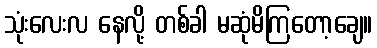
သုံးလေးလ နေလို့ တစ်ခါ မဆုံမိကြတော့ချေ။